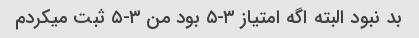
بد نبود البته اگه امتیاز ۳-۵ بود من ۳-۵ ثبت میکردم